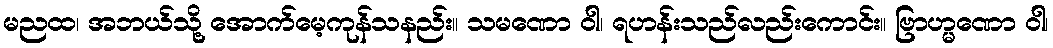
မညထ၊ အဘယ်သို့ အောက်မေ့ကုန်သနည်း။ သမဏော ဝါ၊ ရဟန်းသည်လည်းကောင်း။ ဗြာဟ္မဏော ဝါ၊